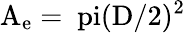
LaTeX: \mathrm{{A_{e}}=\ pi(\mathrm{{D}/2)^{2}}}